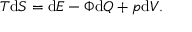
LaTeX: T \mathrm { d } S = \mathrm { d } E - \Phi \mathrm { d } Q + p \mathrm { d } V .